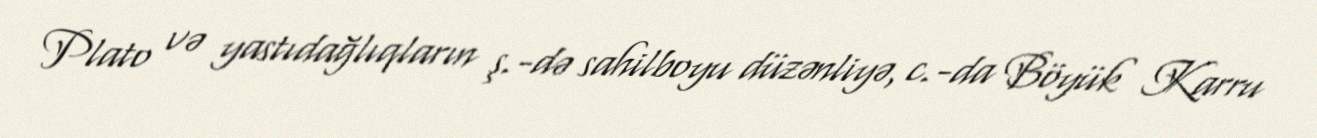
Plato və yastıdağlıqların ş.-də sahilboyu düzənliyə, c.-da Böyük Karru